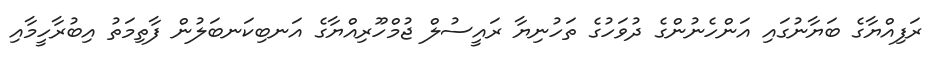
ރަފިއްޔާގެ ބަޔާނުގައި އަންހެނުންގެ ދުވަހުގެ ތަހުނިޔާ ރައީސުލް ޖުމްހޫރިއްޔާގެ އަނބިކަނބަލުން ފާތިމަތު އިބުރާހީމާއި